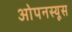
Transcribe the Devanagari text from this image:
ओपनस्यूस